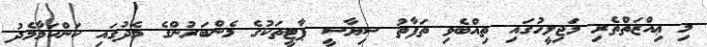
މި ޢިއްޒަތްތެރި މަޖިލީހުގައި ތިއްބެވި ތަފާތު ސިޔާސީ ޕާޓީތަކުގެ މެންބަރުންގެ މެދުގައި ކަންކަމާމެދު